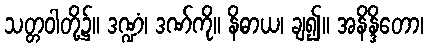
သတ္တဝါတို့၌။ ဒဏ္ဍံ၊ ဒဏ်ကို။ နိဓာယ၊ ချ၍။ အနိန္ဒိတော၊